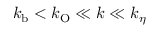
k _ { \mathrm { b } } < k _ { \mathrm { O } } \ll k \ll k _ { \eta }